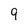
Character: 9